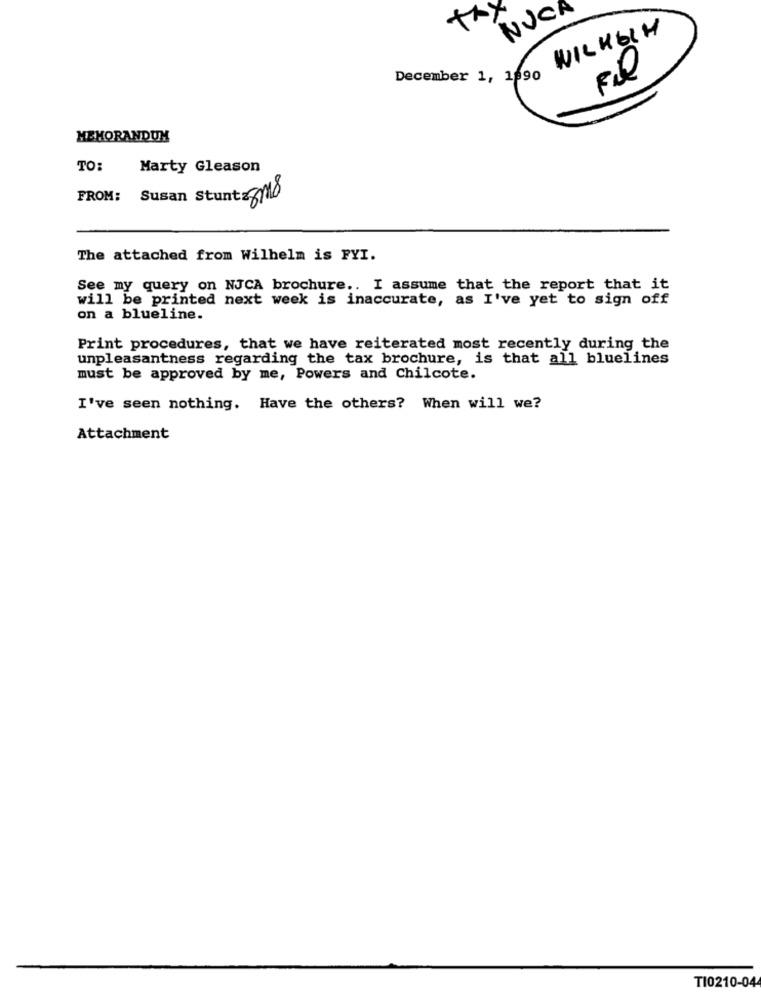
thy
NUCA
WILHELM
December 1, 1690
MEMORANDUM
TO:
Marty Gleason
FROM: Susan StuntsSMO
The attached from Wilhelm is FYI.
See my query on NJCA brochure .. I assume that the report that it
will be printed next week is inaccurate, as I've yet to sign off
on a blueline.
Print procedures, that we have reiterated most recently during the
unpleasantness regarding the tax brochure, is that all bluelines
must be approved by me, Powers and Chilcote.
I've seen nothing. Have the others? When will we?
Attachment
TI0210-04